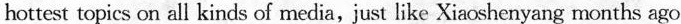
hottest topics on all kinds of media,just like Xiaoshenyang months ago